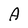
Character: A